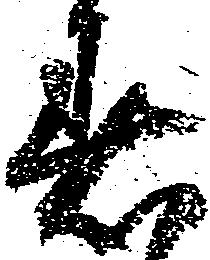
着